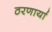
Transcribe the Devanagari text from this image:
ठरणार्या